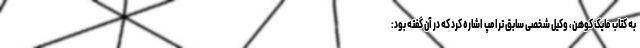
به کتاب مایک کوهن، وکیل شخصی سابق ترامپ اشاره کرد که در آن گفته بود: